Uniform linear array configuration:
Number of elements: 4
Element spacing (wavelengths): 0.75
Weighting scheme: hann
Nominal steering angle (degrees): -30
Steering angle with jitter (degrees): -31.861
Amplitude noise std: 0.05
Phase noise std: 0.05

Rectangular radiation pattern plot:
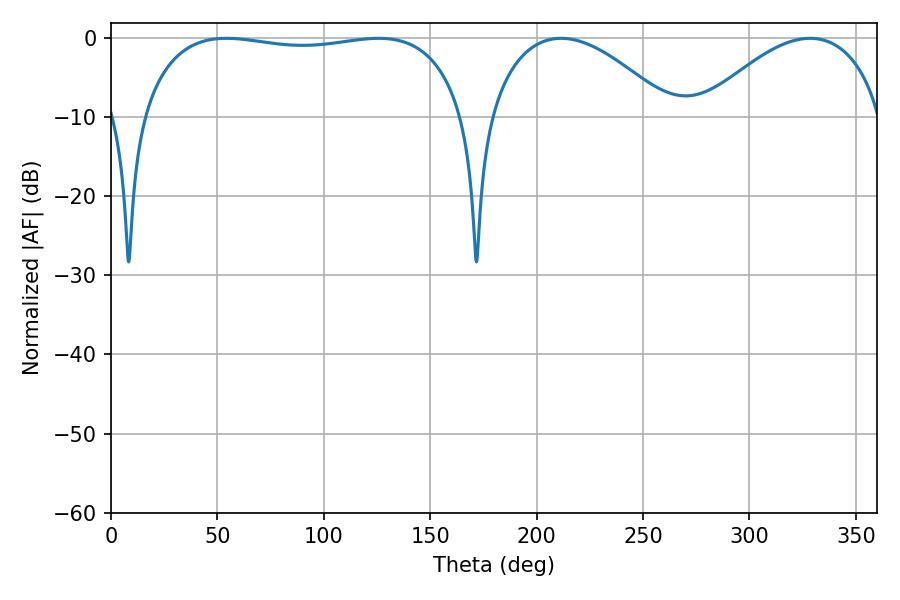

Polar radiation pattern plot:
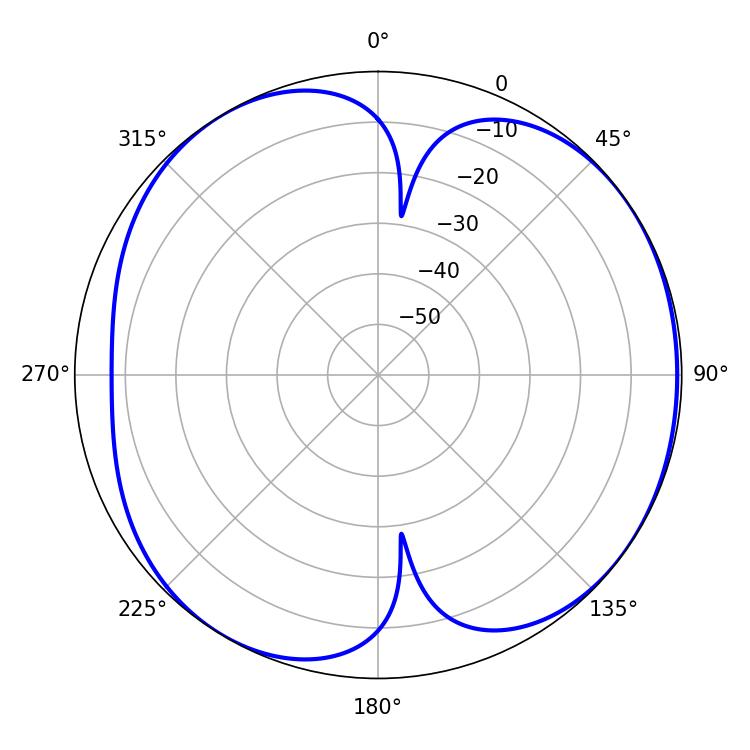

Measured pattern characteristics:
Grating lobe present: TRUE
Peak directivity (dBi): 5.565
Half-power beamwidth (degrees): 122.76
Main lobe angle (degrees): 54.18